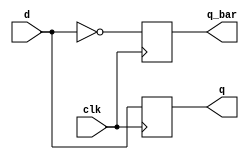
// D flip-flop Code
module d_ff ( d, clk, q, q_bar);
input d ,clk;
output q, q_bar;
wire d ,clk;
reg q, q_bar;
  	 
always @ (posedge clk)
begin
  q <= d;
  q_bar <= !d;
end

endmodule